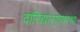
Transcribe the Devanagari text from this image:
दारिद्र्याऱ्यावस्था